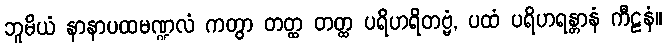
ဘူမိယံ နာနာပထမဏ္ဍလံ ကတွာ တတ္ထ တတ္ထ ပရိဟရိတဗ္ဗံ, ပထံ ပရိဟရန္တာနံ ကီဠနံ။